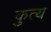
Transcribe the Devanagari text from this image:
कुत्य